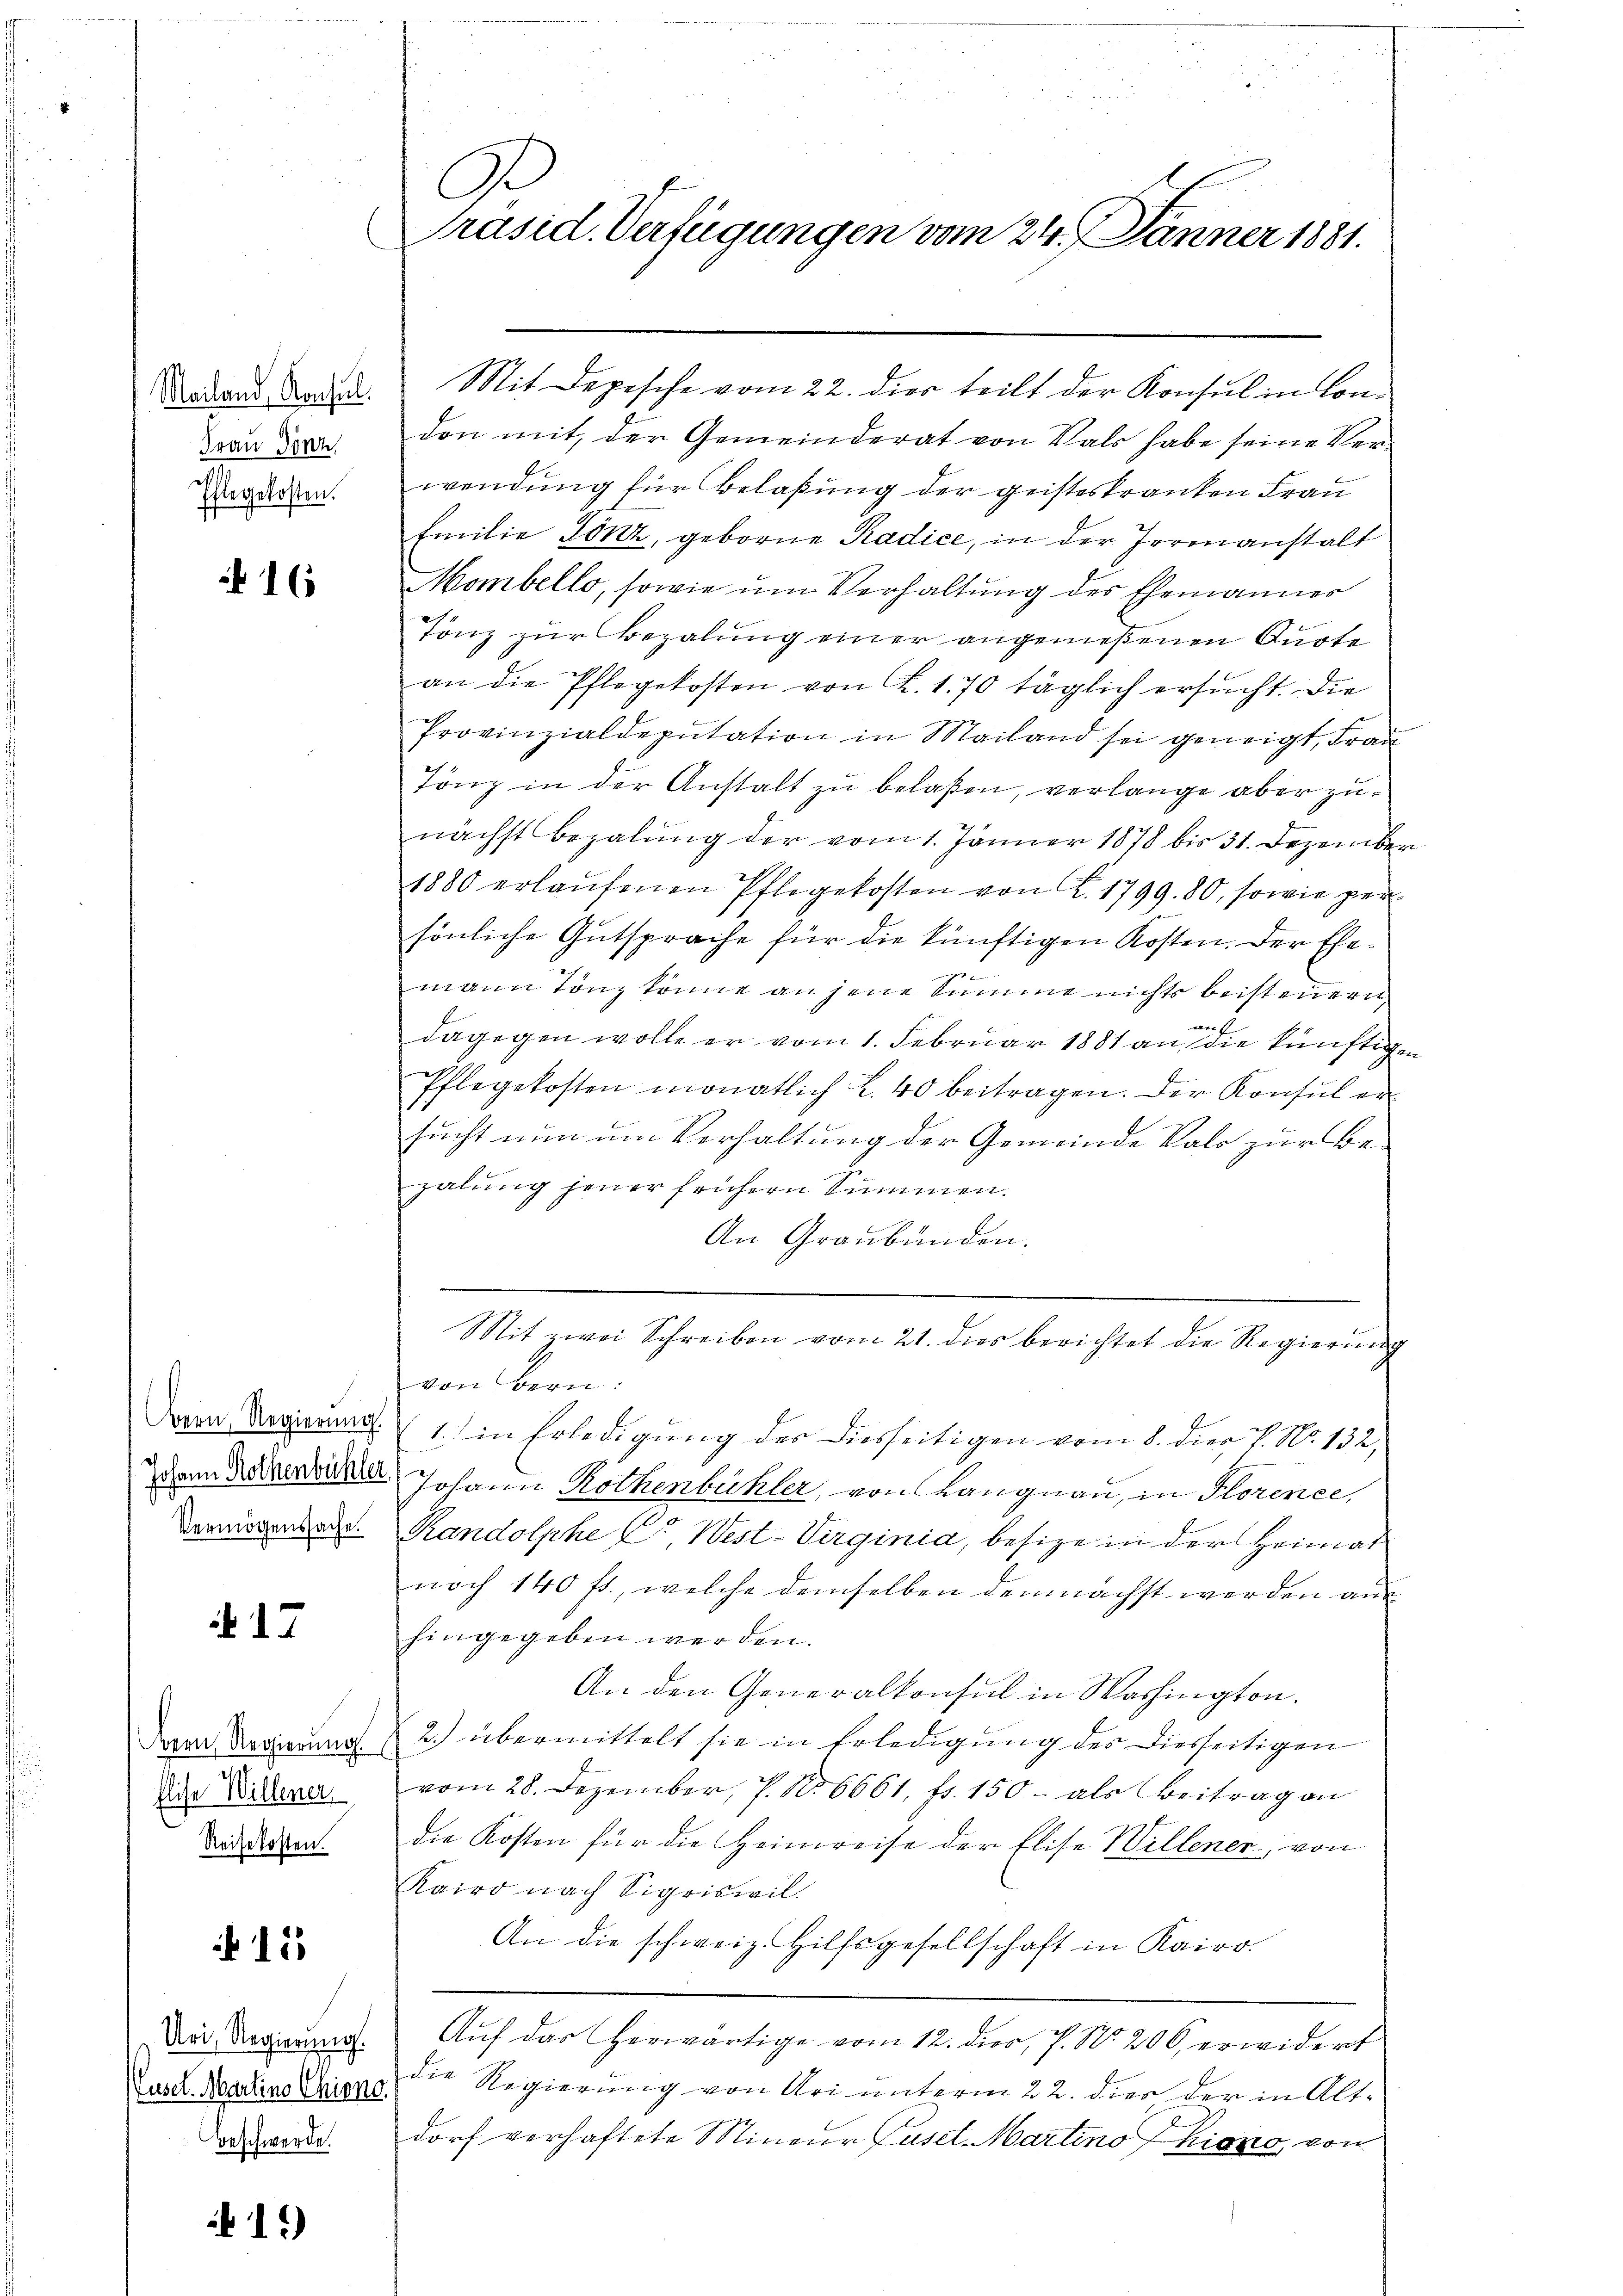
Mailand, Konsul
Frau Sinn
Ehlegekosten.

16

Bern, Regierung.
Johann Rothenbühler
Vermögensache.

d. 17

Bern, Regierung.
Elise Willener,
Reisekosten.

15

Uri, Regierung.
Luset. Martins Chione
Beschwerde.

15)

C
Präsid. Verfügungen vom 24. Jänner 1881.

Mit Depesche vom 22. dies teilt der Konsul in Condon mit, der Gemeinderat von Vals habe seine Verwendung für belaßung der geisteskranken Frau
Emilie Tönz, geborne Radice, in der Formanstalt
Mombello, sowie um Verhaltung des Ehemannes
Tonz zur Bezalung einer angenießenen Quote
an die Pflegekosten von K. 1. 70 täglich ersucht. Die
Provinzialdeputation in Mailand sei geneigt, Frau
Tönz in der Anstalt zu belaßen, verlange aber zunächst bezalung der vom 1. Jänner 1878 bis 31. Dezember
1880 erlaŭfenen Pflegekosten von Z. 1799. 80, sowie persönliche Gutsprache für die künftigen Kosten. Der Ehemann Tonz könne an jene Summe nichts beisteuern,
r
dagegen wolle er vom 1. Februar 1881 an die künftige
Pflegekosten monatlich L. 40 beitragen. Der Konsul er
sucht nun um Verhaltung der Gemeinde Vals zur Bezalung jener frühern Summen.
An Graubünden.
¬
Sit zwei Schreiben vom 21. dies berichtet die Regierung
Vert
1. in Erledigung des Diesseitigen vom 8. die P. Nr. 132,
Johann Rothenbühler, von Langnau, in Florence,
Randolphe Cr, West-Virginia, besitze in der Heimat
noch 140 fr., welche demselben demnächst werden auc
hingegeben werden.
An den Generalkonsul in Washington.
2.) übermittelt sie in Erledigung des Diesseitigen
vom 28. Dezember, P. N. 6661. fr. 150. als Beitragen
die Kosten für die Heimreise der Elise Willener, von
Kairo nach Sigriswil
An die schweiz. Hilfsgesellschaft in Kairo
Aŭf das herwärtige vom 12. dies, P. Nr. 206, erwidert
die Regierung von Uri unterm 22. dies der in Alt-
dorf verhaftete Mineur Dusel Martino hiono, vom